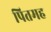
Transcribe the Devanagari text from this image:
पितमह